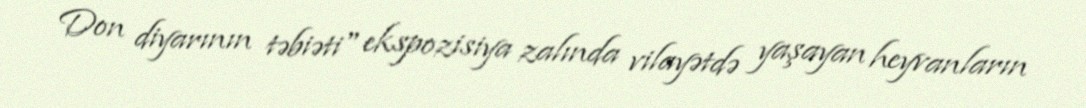
Don diyarının təbiəti" ekspozisiya zalında vilayətdə yaşayan heyvanların